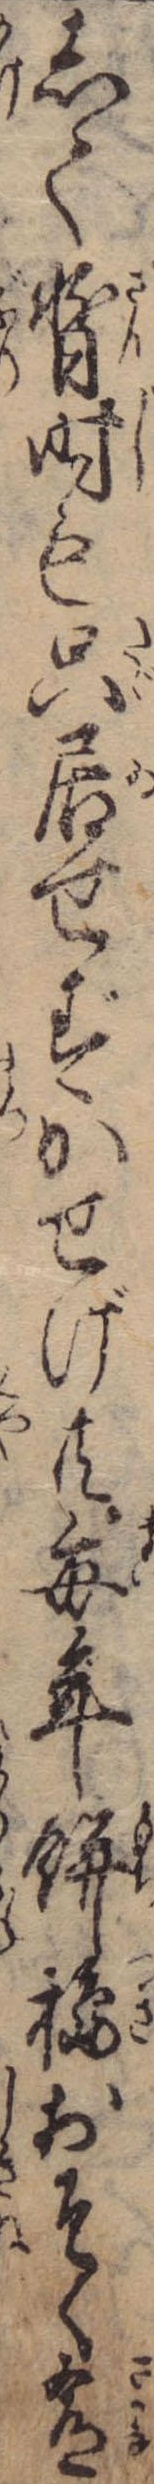
して暫時も只居せずかせげ共毎年餅搗おそく肴